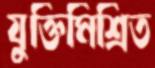
যুক্তিমিশ্রিত